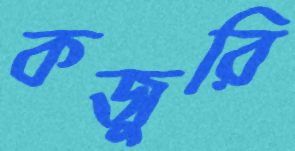
কজুরি